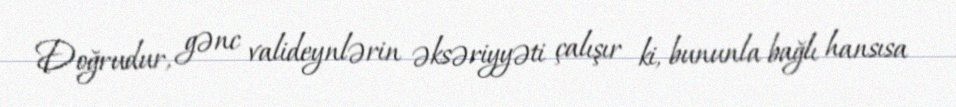
Doğrudur, gənc valideynlərin əksəriyyəti çalışır ki, bununla bağlı hansısa